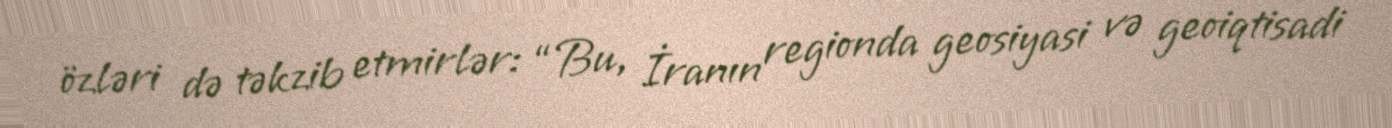
özləri də təkzib etmirlər: “Bu, İranın regionda geosiyasi və geoiqtisadi